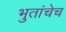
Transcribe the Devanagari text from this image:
भुतांचेच